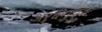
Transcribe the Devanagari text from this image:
अर्धगुप्त